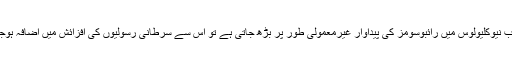
لیکن جب نیوکلیولوس میں رائبوسومز کی پیداوار غیرمعمولی طور پر بڑھ جاتی ہے تو اس سے سرطانی رسولیوں کی افزائش میں اضافہ ہوجاتا ہے۔